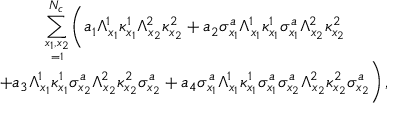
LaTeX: \begin{array} { c } { { \displaystyle \sum _ { x _ { 1 } , x _ { 2 } \atop = 1 } ^ { N _ { c } } \biggl ( a _ { 1 } \Lambda _ { x _ { 1 } } ^ { 1 } \kappa _ { x _ { 1 } } ^ { 1 } \Lambda _ { x _ { 2 } } ^ { 2 } \kappa _ { x _ { 2 } } ^ { 2 } + a _ { 2 } \sigma _ { x _ { 1 } } ^ { a } \Lambda _ { x _ { 1 } } ^ { 1 } \kappa _ { x _ { 1 } } ^ { 1 } \sigma _ { x _ { 1 } } ^ { a } \Lambda _ { x _ { 2 } } ^ { 2 } \kappa _ { x _ { 2 } } ^ { 2 } } } \\ { { \displaystyle + a _ { 3 } \Lambda _ { x _ { 1 } } ^ { 1 } \kappa _ { x _ { 1 } } ^ { 1 } \sigma _ { x _ { 2 } } ^ { a } \Lambda _ { x _ { 2 } } ^ { 2 } \kappa _ { x _ { 2 } } ^ { 2 } \sigma _ { x _ { 2 } } ^ { a } + a _ { 4 } \sigma _ { x _ { 1 } } ^ { a } \Lambda _ { x _ { 1 } } ^ { 1 } \kappa _ { x _ { 1 } } ^ { 1 } \sigma _ { x _ { 1 } } ^ { a } \sigma _ { x _ { 2 } } ^ { a } \Lambda _ { x _ { 2 } } ^ { 2 } \kappa _ { x _ { 2 } } ^ { 2 } \sigma _ { x _ { 2 } } ^ { a } \biggr ) \, , } } \end{array}